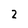
Character: 2